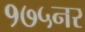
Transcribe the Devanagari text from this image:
१७५नर